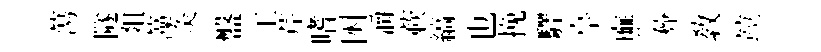
蕩隧爼藻灸盤工芹嗜囦灂蔌縞也挽驛亭廡彜教竝